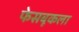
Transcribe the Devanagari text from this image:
फेसबूकला